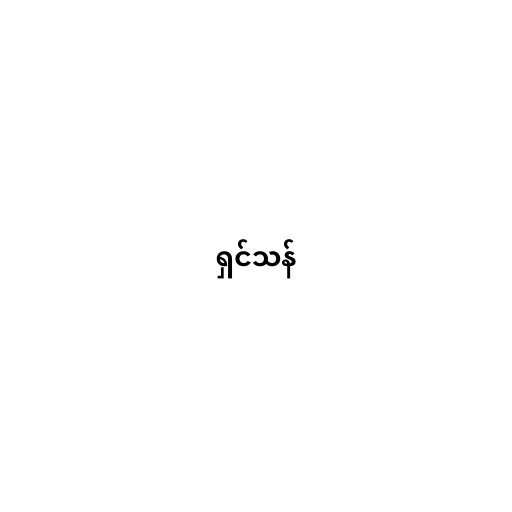
ရှင်သန်